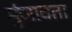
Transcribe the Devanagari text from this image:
मुंजावता